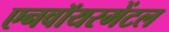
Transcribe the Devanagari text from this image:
एनवॉयरमेंटल